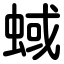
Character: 蜮